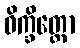
ဝိက္ခိတ္တော